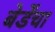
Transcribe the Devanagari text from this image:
बेर्डेंचा